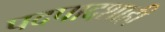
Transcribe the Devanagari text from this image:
पदपादशाही